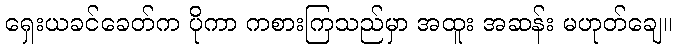
ရှေးယခင်ခေတ်က ပိုကာ ကစားကြသည်မှာ အထူး အဆန်း မဟုတ်ချေ။